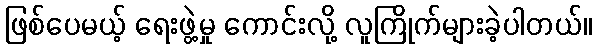
ဖြစ်ပေမယ့် ရေးဖွဲ့မှု ကောင်းလို့ လူကြိုက်များခဲ့ပါတယ်။